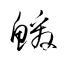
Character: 鰀